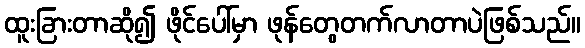
ထူးခြားတာဆို၍ ဖိုင်ပေါ်မှာ ဖုန်တွေတက်လာတာပဲဖြစ်သည်။